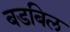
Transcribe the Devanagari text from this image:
बडबिल